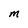
Character: M